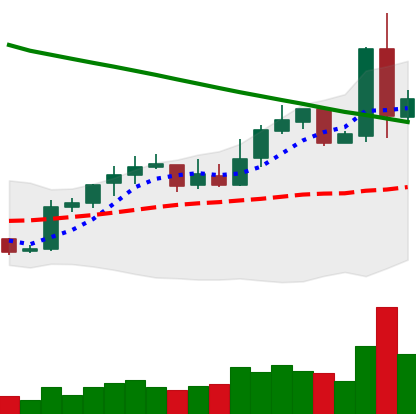
Ticker: NEO-USD
Chart end date: 2019-02-25
Forward return: -5.833%
Label: down_5_7